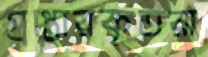
গ্রপ্তোরকৃতরা